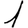
Digit: 1